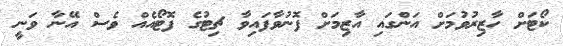
ކޯޓަށް ހާޒިރުވުމަށް އަންގައި އާޒިމަށް ފޮނުވާފައިވާ ޗިޓުގެ ފޮޓޯއެއް ވެސް އޭނާ ވަނީ